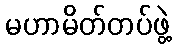
မဟာမိတ်တပ်ဖွဲ့